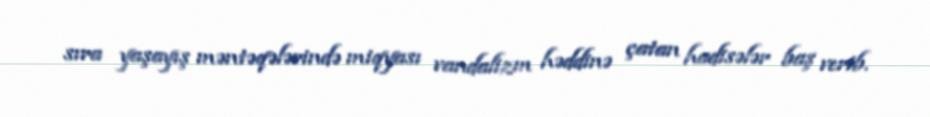
sıra yaşayış məntəqələrində miqyası vandalizm həddinə çatan hadisələr baş verib.